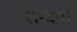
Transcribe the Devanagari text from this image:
तेन्दांग